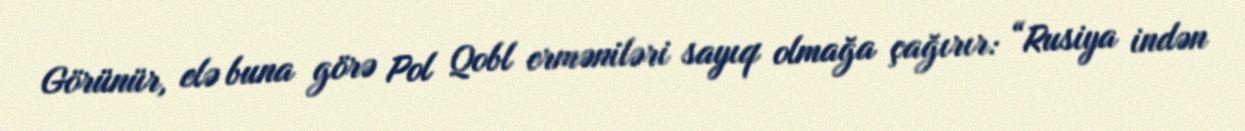
Görünür, elə buna görə Pol Qobl erməniləri sayıq olmağa çağırır: “Rusiya indən